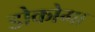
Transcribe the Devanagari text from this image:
डोकोमा